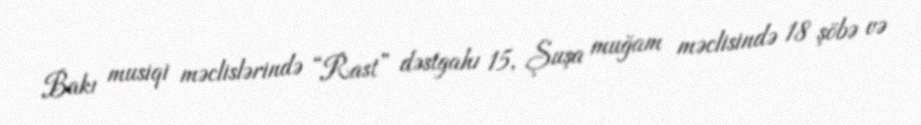
Bakı musiqi məclislərində “Rast” dəstgahı 15, Şuşa muğam məclisində 18 şöbə və